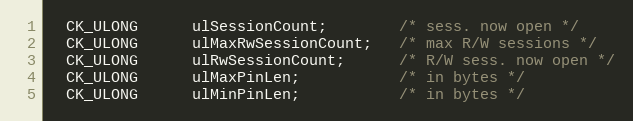
Language: C
  CK_ULONG      ulSessionCount;        /* sess. now open */
  CK_ULONG      ulMaxRwSessionCount;   /* max R/W sessions */
  CK_ULONG      ulRwSessionCount;      /* R/W sess. now open */
  CK_ULONG      ulMaxPinLen;           /* in bytes */
  CK_ULONG      ulMinPinLen;           /* in bytes */